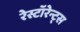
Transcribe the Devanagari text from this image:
रेस्टॉरेन्ट्स